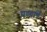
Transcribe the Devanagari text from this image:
प्रण्याचे